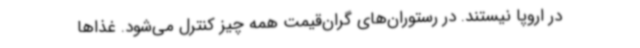
در اروپا نیستند. در رستوران‌های گران‌قیمت همه چیز کنترل می‌شود. غذاها